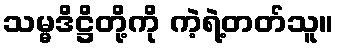
သမ္မဒိဋ္ဌိတို့ကို ကဲ့ရဲ့တတ်သူ။